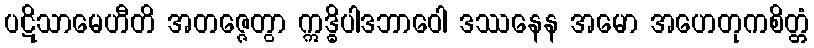
ပဋိသာမေဟီတိ အတဇ္ဇေတွာ ဣဒ္ဓိပါဒဘာဝေါ ဒဿနေန အမော အဟေတုကစိတ္တံ